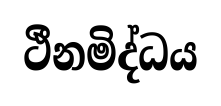
ථීනමිද්ධය